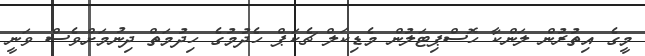
މީގެ އިތުރުން ލަންކާ ހޮސްޕިޓަލުން މެޑިކަލް ޗެކަޕް ހެދުމުގެ ހިދުމަތް ދިނުމަށްވެސް ވަނީ